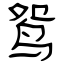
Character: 鸳